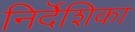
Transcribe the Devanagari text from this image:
निर्दॆशिका